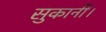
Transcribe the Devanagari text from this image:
सुकानीं।